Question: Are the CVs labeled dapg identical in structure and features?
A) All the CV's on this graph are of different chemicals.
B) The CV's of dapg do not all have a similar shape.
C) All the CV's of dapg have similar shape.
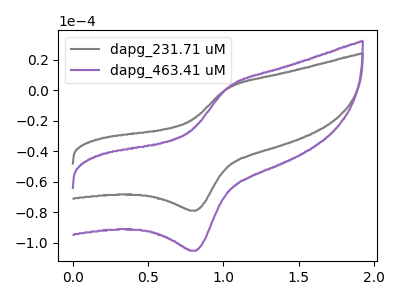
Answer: <think>The gray curve "dapg_231.71 uM" has an anodic peak at (1.05V, 1.25uA) and a cathodic peak at (0.80V, -79.00uA). The purple curve "dapg_463.41 uM" has an anodic peak at (1.05V, 1.70uA) and a cathodic peak at (0.80V, -105.25uA).
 All the peaks in "dapg_231.71 uM" have a peak in "dapg_463.41 uM" at the same potential. Every peak in "dapg_231.71 uM" is lower than every peak in "dapg_463.41 uM".</think>
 <answer>C) All the CV's of "dapg" have similar shape.</answer>
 <eval>C</eval>